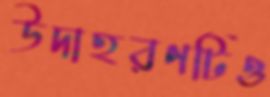
উদাহরণটিও